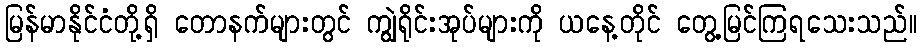
မြန်မာနိုင်ငံတို့ရှိ တောနက်များတွင် ကျွဲရိုင်းအုပ်များကို ယနေ့တိုင် တွေ့မြင်ကြရသေးသည်။